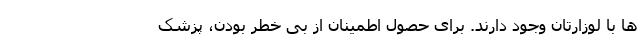
ها با لوزارتان وجود دارند. برای حصول اطمینان از بی خطر بودن، پزشک